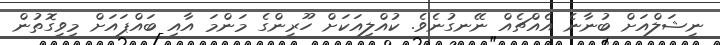
ނީޝަލްއަށް ބުނާނެ އެއްޗެއް ނޭނގުނެވެ. ކުއްލިއަކަށް ހޫރީންގެ މަންމަ އާއި ބައްޕައަށް މިވީގޮތުން